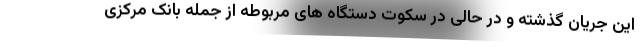
این جریان گذشته و در حالی در سکوت دستگاه های مربوطه از جمله بانک مرکزی